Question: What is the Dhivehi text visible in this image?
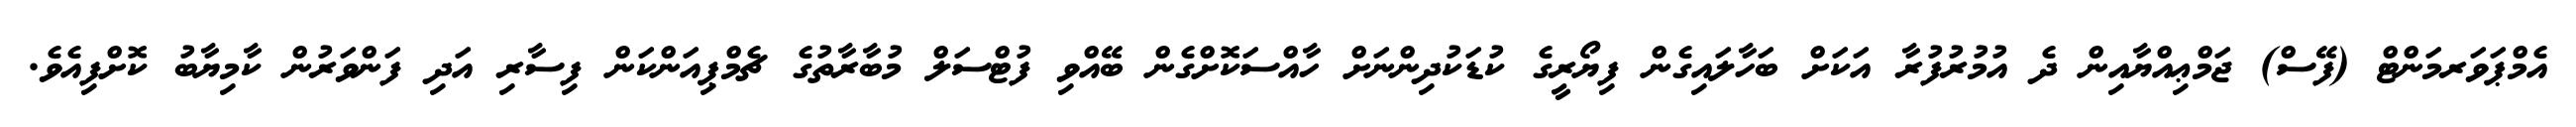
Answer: އެމްޕަވަރމަންޓް (ފޭސް) ޖަމްޢިއްޔާއިން ދެ އުމުރުފުރާ އަކަށް ބަހާލައިގެން ފިޔޯރީގެ ކުޑަކުދިންނަށް ހާއްސަކޮށްގެން ބޭއްވި ފުޓްސަލް މުބާރާތުގެ ޗެމްޕިއަންކަން ފިސާރި އަދި ފަންވަރުން ކާމިޔާބު ކޮށްފިއެވެ.